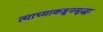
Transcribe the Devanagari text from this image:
त्याच्याकडूनसुद्धा